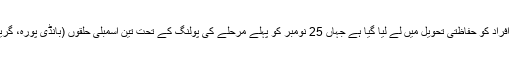
شمالی کشمیر کے ضلع بانڈی پورہ میں 50 افراد کو حفاظتی تحویل میں لے لیا گیا ہے جہاں 25 نومبر کو پہلے مرحلے کی پولنگ کے تحت تین اسمبلی حلقوں (بانڈی پورہ، گریز اور سونہ وار) میں ووٹ ڈالے جائیں گے۔